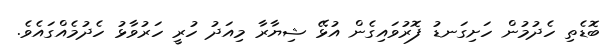
ބޮޑެތި ހެދުމުން ހަށިގަނޑު ފޮރުވައިގެން އުޅޭ ޝިޔާރާ މިއަދު ހުރީ ހަރުވާޅު ހެދުމެއްގައެވެ.